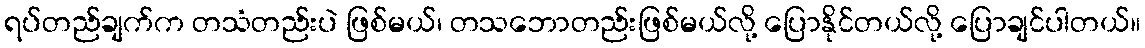
ရပ်တည်ချက်က တသံတည်းပဲ ဖြစ်မယ်၊ တသဘောတည်းဖြစ်မယ်လို့ ပြောနိုင်တယ်လို့ ပြောချင်ပါတယ်။